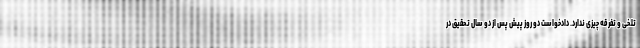
تلخی و تفرقه چیزی ندارد. دادخواست دو روز پیش پس از دو سال تحقیق در